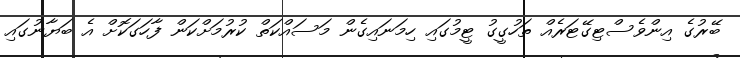
ބޭރުގެ އިންވެސްޓިގޭޓަރެއް ތަހުގީގު ޓީމުގައި ހިމަނައިގެން މަސައްކަތް ކުރުމަށްކަން ފާހަގަކޮށް އެ ބަޔާނުގައި